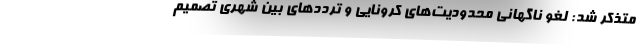
متذکر شد: لغو ناگهانی محدودیت‌های کرونایی و ترددهای بین شهری تصمیم